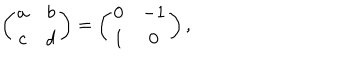
LaTeX: \left( \begin{array} { c c } { { a } } & { { b } } \\ { { c } } & { { d } } \\ \end{array} \right) = \left( \begin{array} { c c } { { 0 } } & { { - 1 } } \\ { { 1 } } & { { 0 } } \\ \end{array} \right) ,